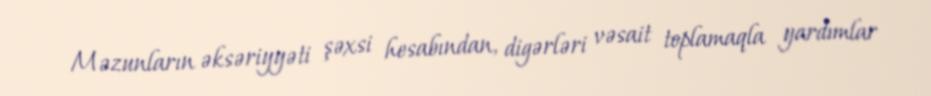
Məzunların əksəriyyəti şəxsi hesabından, digərləri vəsait toplamaqla yardımlar